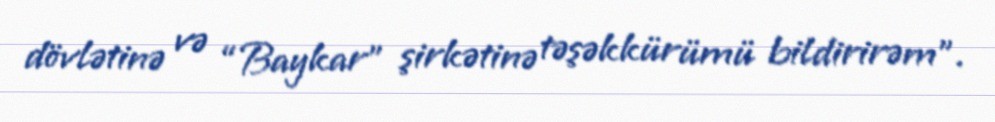
dövlətinə və “Baykar” şirkətinə təşəkkürümü bildirirəm”.